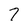
Character: 7